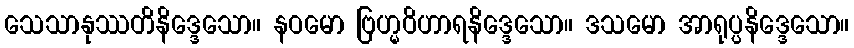
သေသာနုဿတိနိဒ္ဒေသော။ နဝမော ဗြဟ္မဝိဟာရနိဒ္ဒေသော။ ဒသမော အာရုပ္ပနိဒ္ဒေသော။